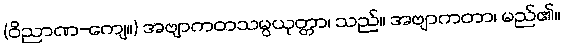
(ဝိညာဏ-ကျေ။) အဗျာကတသမ္ပယုတ္တာ၊ သည်။ အဗျာကတာ၊ မည်၏။